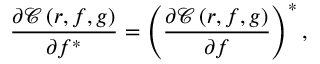
\frac { \partial \mathcal { C } \left( \boldsymbol { r } , f , \boldsymbol { g } \right) } { \partial f ^ { * } } = \left( \frac { \partial \mathcal { C } \left( \boldsymbol { r } , f , \boldsymbol { g } \right) } { \partial f } \right) ^ { * } ,